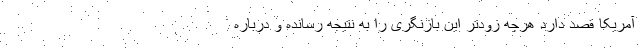
آمریکا قصد دارد هرچه زودتر این بازنگری را به نتیجه رسانده و درباره